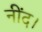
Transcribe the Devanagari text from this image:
नींद।